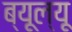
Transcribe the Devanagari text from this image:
ब्यूल्यू